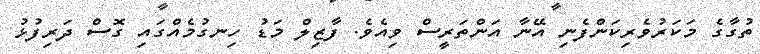
ތުގާގެ މަކަރުވެރިކަންފެނި އޭނާ އަންތަރީސް ވިއެވެ. ފާޒިލް މަޑު ހިނގުމެއްގައި ގޮސް ދަރިފުޅު